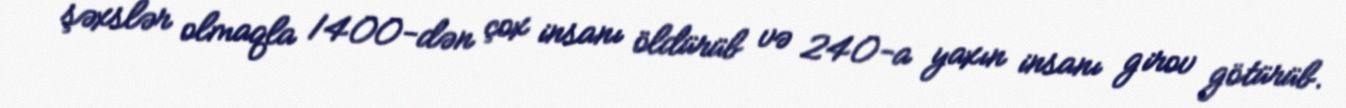
şəxslər olmaqla 1400-dən çox insanı öldürüb və 240-a yaxın insanı girov götürüb.